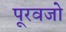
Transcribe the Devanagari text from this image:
पूरवजो